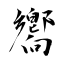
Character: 嚮